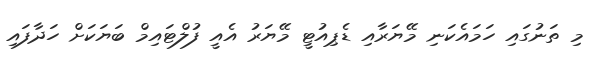
މި ތަނުގައި ހަމައެކަނި މޭޔަރާއި ޑެޕިއުޓީ މޭޔަރު އެއީ ފުލްޓައިމް ބަޔަކަށް ހަދާފައި